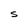
Character: S